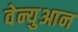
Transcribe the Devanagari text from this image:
वेन्युआन